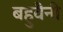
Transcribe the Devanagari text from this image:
बहुवैनी